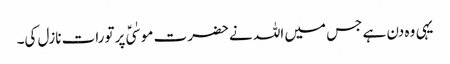
یہی وہ دن ہے جس میں اللہ نے حضرت موسٰیؑ پر تورات نازل کی۔